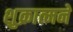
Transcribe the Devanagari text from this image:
शुक्रात्मने